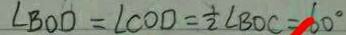
\angle B O D = \angle C O D = \frac { 1 } { 2 } \angle B O C = 6 0 ^ { \circ }